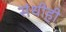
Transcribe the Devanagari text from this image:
संधीही